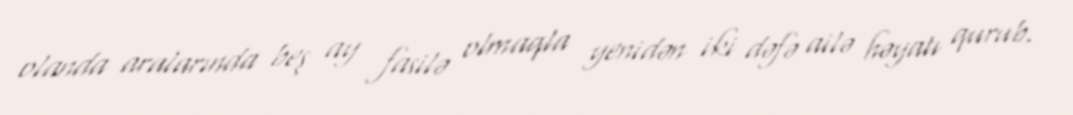
olanda aralarında beş ay fasilə olmaqla yenidən iki dəfə ailə həyatı qurub.